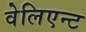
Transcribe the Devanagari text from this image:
वेलिएन्ट